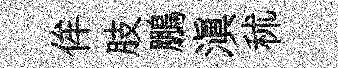
侔肢鵬滇秫